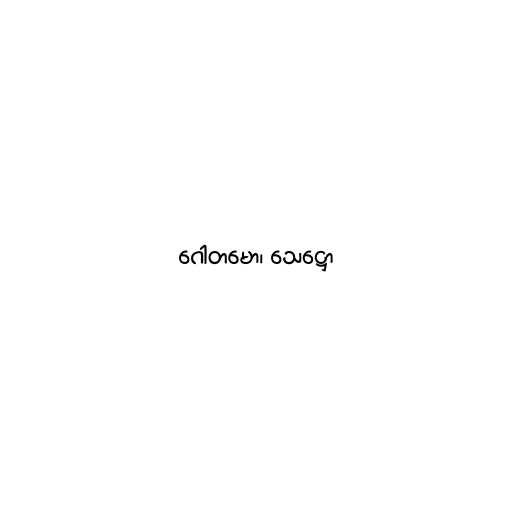
ဂေါတမော၊ သေဋ္ဌော